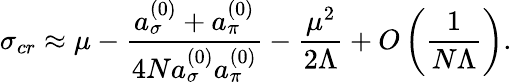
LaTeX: \sigma_{cr}\approx\mu-\frac{a_{\sigma}^{(0)}+a_{\pi}^{(0)}}{4Na_{\sigma}^{(0)}a_{\pi}^{(0)}}-\frac{\mu^{2}}{2\Lambda}+O\left(\frac{1}{N\Lambda}\right).